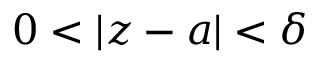
0 < \vert z - a \vert < \delta